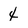
Character: 4